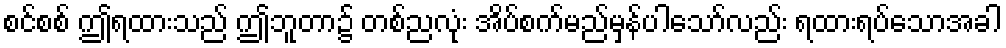
စင်စစ် ဤရထားသည် ဤဘူတာ၌ တစ်ညလုံး အိပ်စက်မည်မှန်ပါသော်လည်း ရထားရပ်သောအခါ